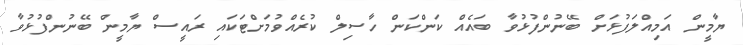
ޔާމީން އަމިއްލަފުޅަށް ބޭނުންފުޅުވާ ބައެއް ކަންކަން ހާސިލް ކުރެއްވުމަށްޓަކައި ރައީސް ޔާމީން ބޭނުންފުޅުވާ